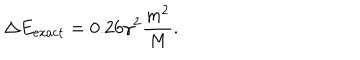
\Delta E _ { \mathrm { e x a c t } } = 0 . 2 6 \gamma ^ { 2 } \frac { m ^ { 2 } } { M } .